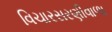
વિચારસરણીવાળા